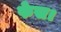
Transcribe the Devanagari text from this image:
फेस।